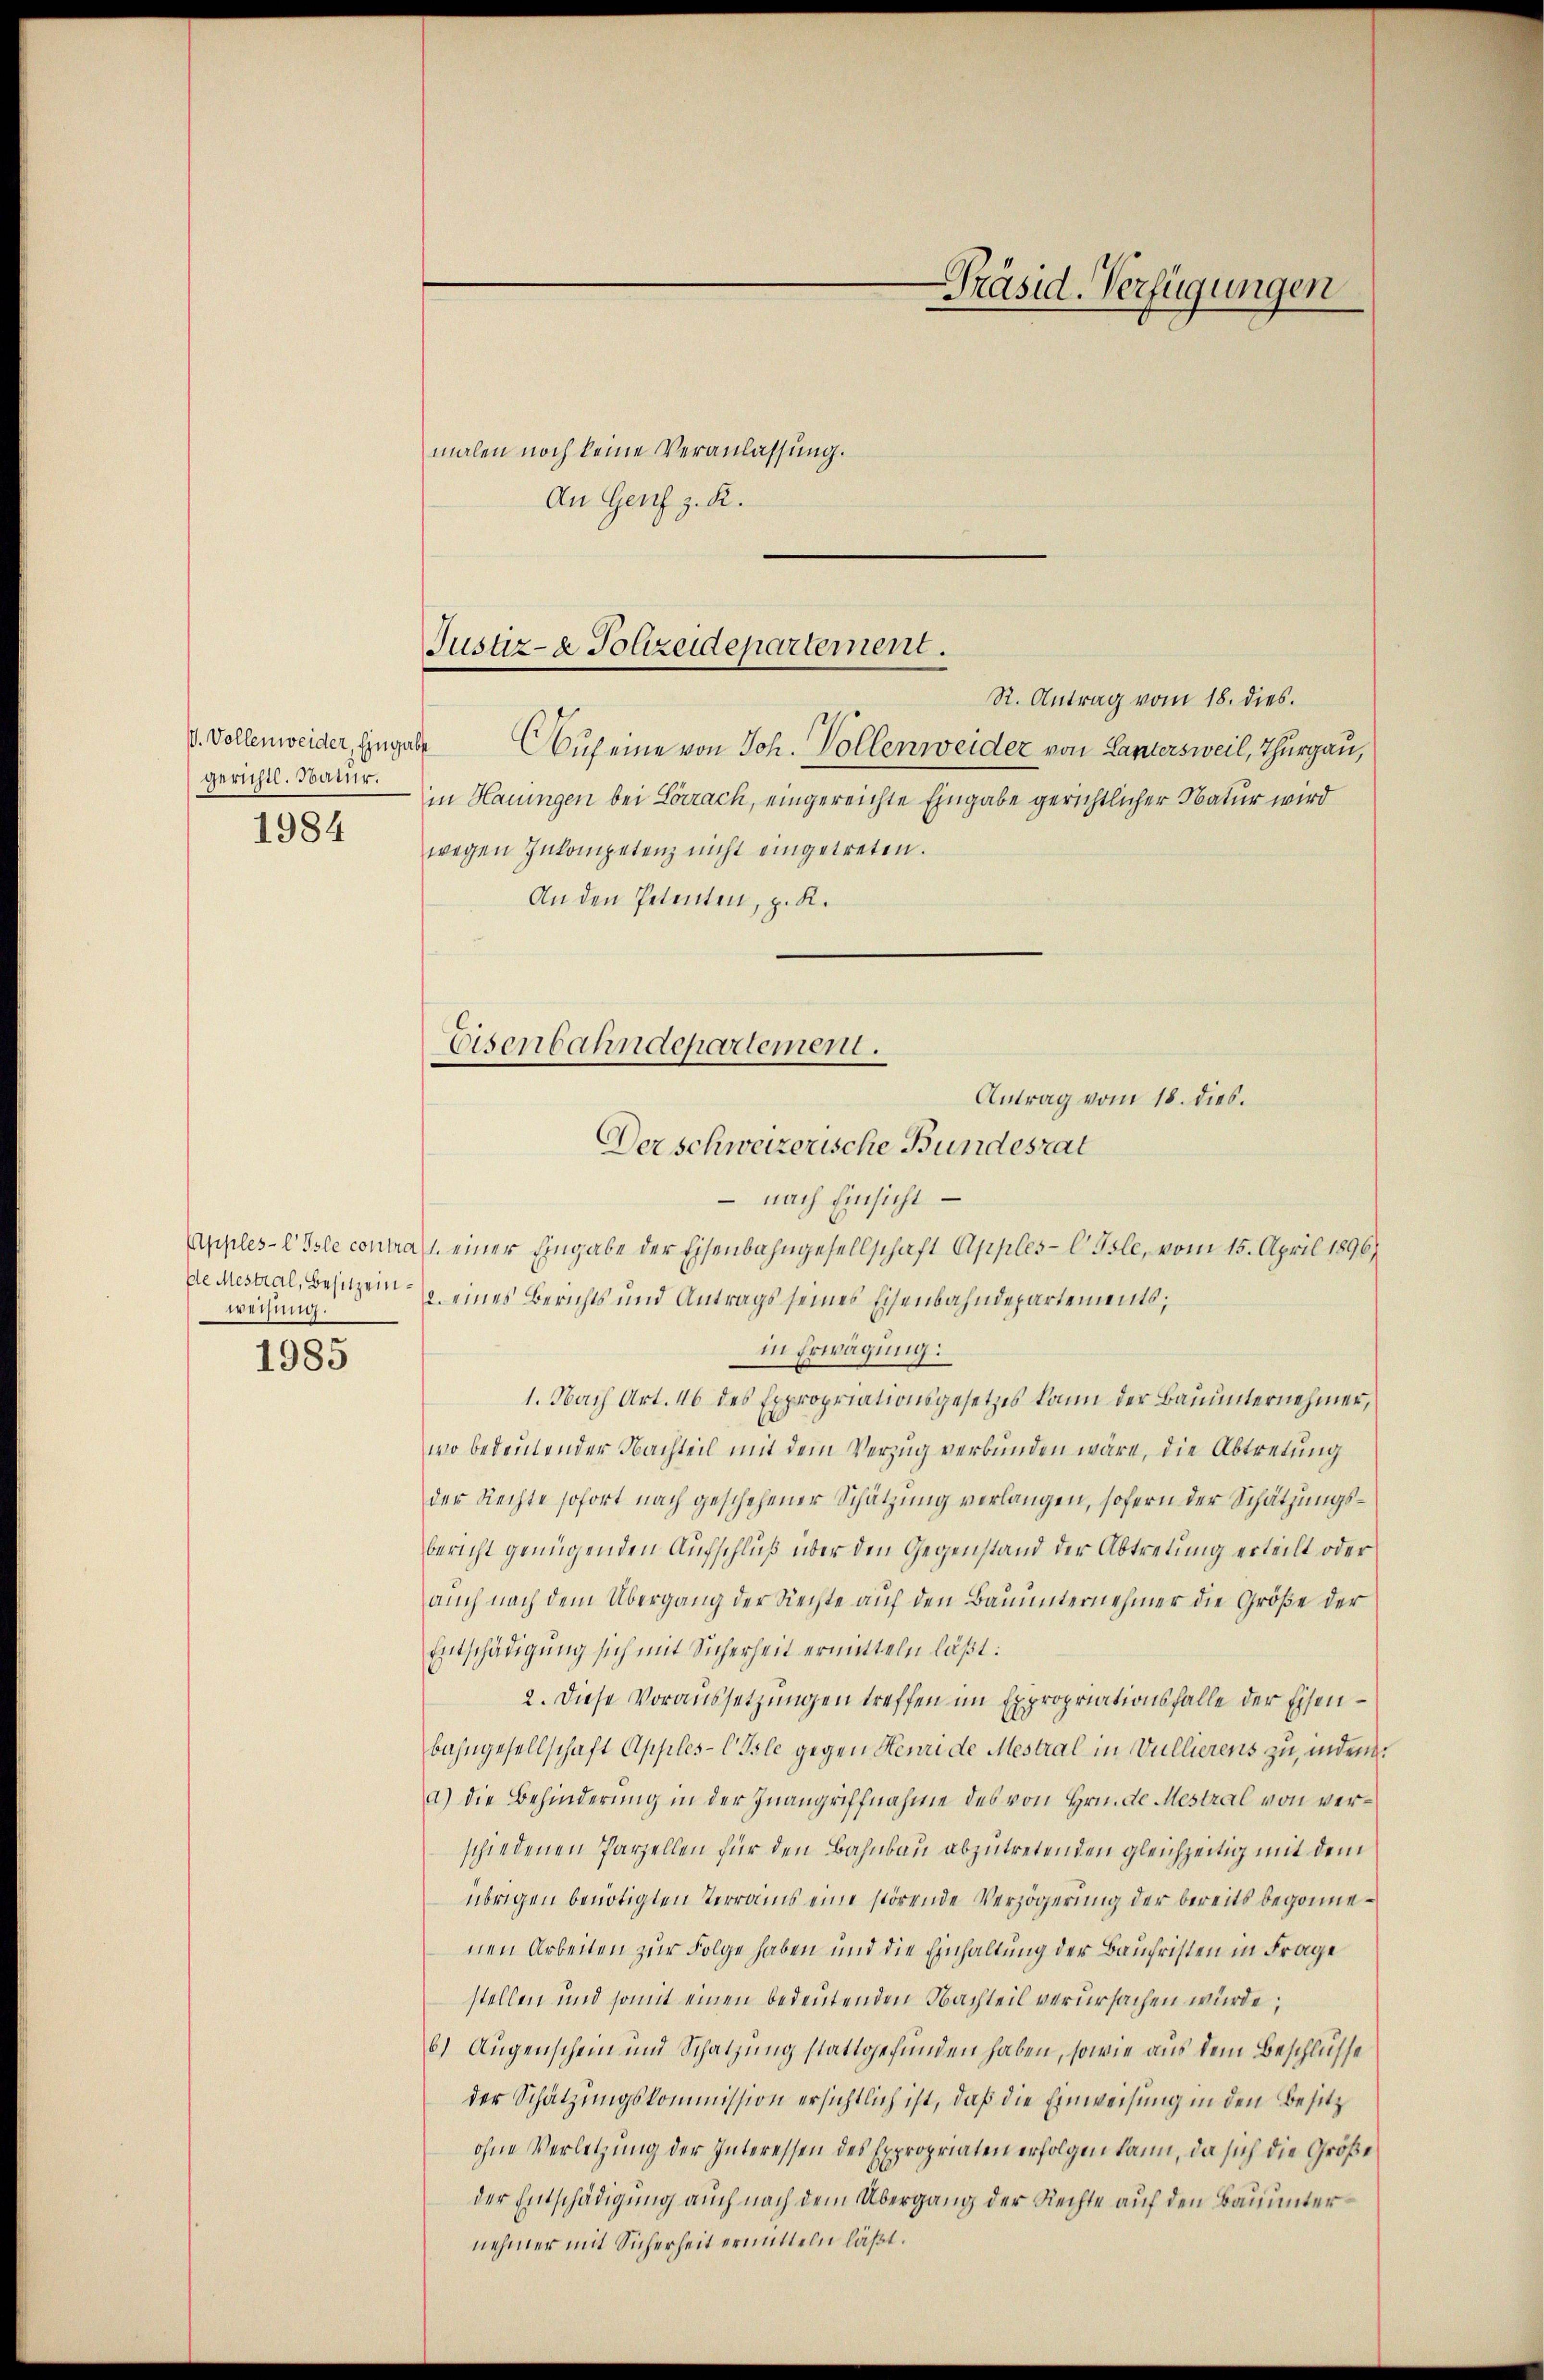
gerichtl. Natur.
1984

bte Mestral, Besitzeinweisung.
1985

Präsid. Verfügungen

Justiz- & Polizeidepartement.
R. Antrag vom 18. dies.

malen noch keine Veranlassung.
An Genf z. R.
V. Vollenweider Eingabe Auf eine von Joh. Vollenweider von Lantersweil, Thurgau,
in Hauingen bei Lörrach, eingereichte Eingabe gerichtlicher Natur wird
wegen Inkompetenz nicht eingetreten.
An den Petenten, z. K.
- nach Einsicht
Apples-l Isle contrat einer Eingabe der Eisenbahngesellschaft Apples-C Isle, vom 15. April 1896/
2. eines Berichts und Antrags seines Eisenbahndepartements;
in Erwägung:
1. Nach Art. 46 des Expropriationsgesetzes kann der Bauunternehmer,
wo bedeutender Nachteil mit dem Verzug verbunden wäre, die Abtretung
der Rechte sofort nach geschehener Schätzung verlangen, sofern der Schätzungsbericht genügenden Aufschluß über den Gegenstand der Abtretung erteilt oder
auch nach dem Übergang der Rechte auf den Bauunternehmer die Größe der
Entschädigung sich mit Sicherheit ermitteln läßt:
2. Diese Voraussetzungen treffen im Expropriationsfalle der Eisenbahngesellschaft Apples-Cole gegen Henri de Mestral in Vullierens zu, inden
a.) Die Behinderung in der Inangriffnahme des von Hrn. De Mestral von verschiedenen Parzellen für den Bahnbau abzutretenden gleichzeitig mit dem
übrigen benötigten Terrains eine störende Verzögerung der bereits begonnenen Arbeiten zur Folge haben und die Einhaltung der Bauhristen in Frage
stellen und somit einen bedeutenden Nachteil verursachen würde;
b) Augenschein und Schatzung stattgefunden haben, sowie aus dem Beschlüsse
der Schätzungskommission ersichtlich ist, daß die Einweisung in den Besitz
ohne Verletzung der Interessen des Expropriaten erfolgen kann, da sich die Größe
der Entschädigung auch nach dem Übergang der Rechte auf den Bauunternehmer mit Sicherheit ermitteln läßt.

Eisenbahndepartement.
Antrag vom 18. dies.
Der schweizerische Bundesrat